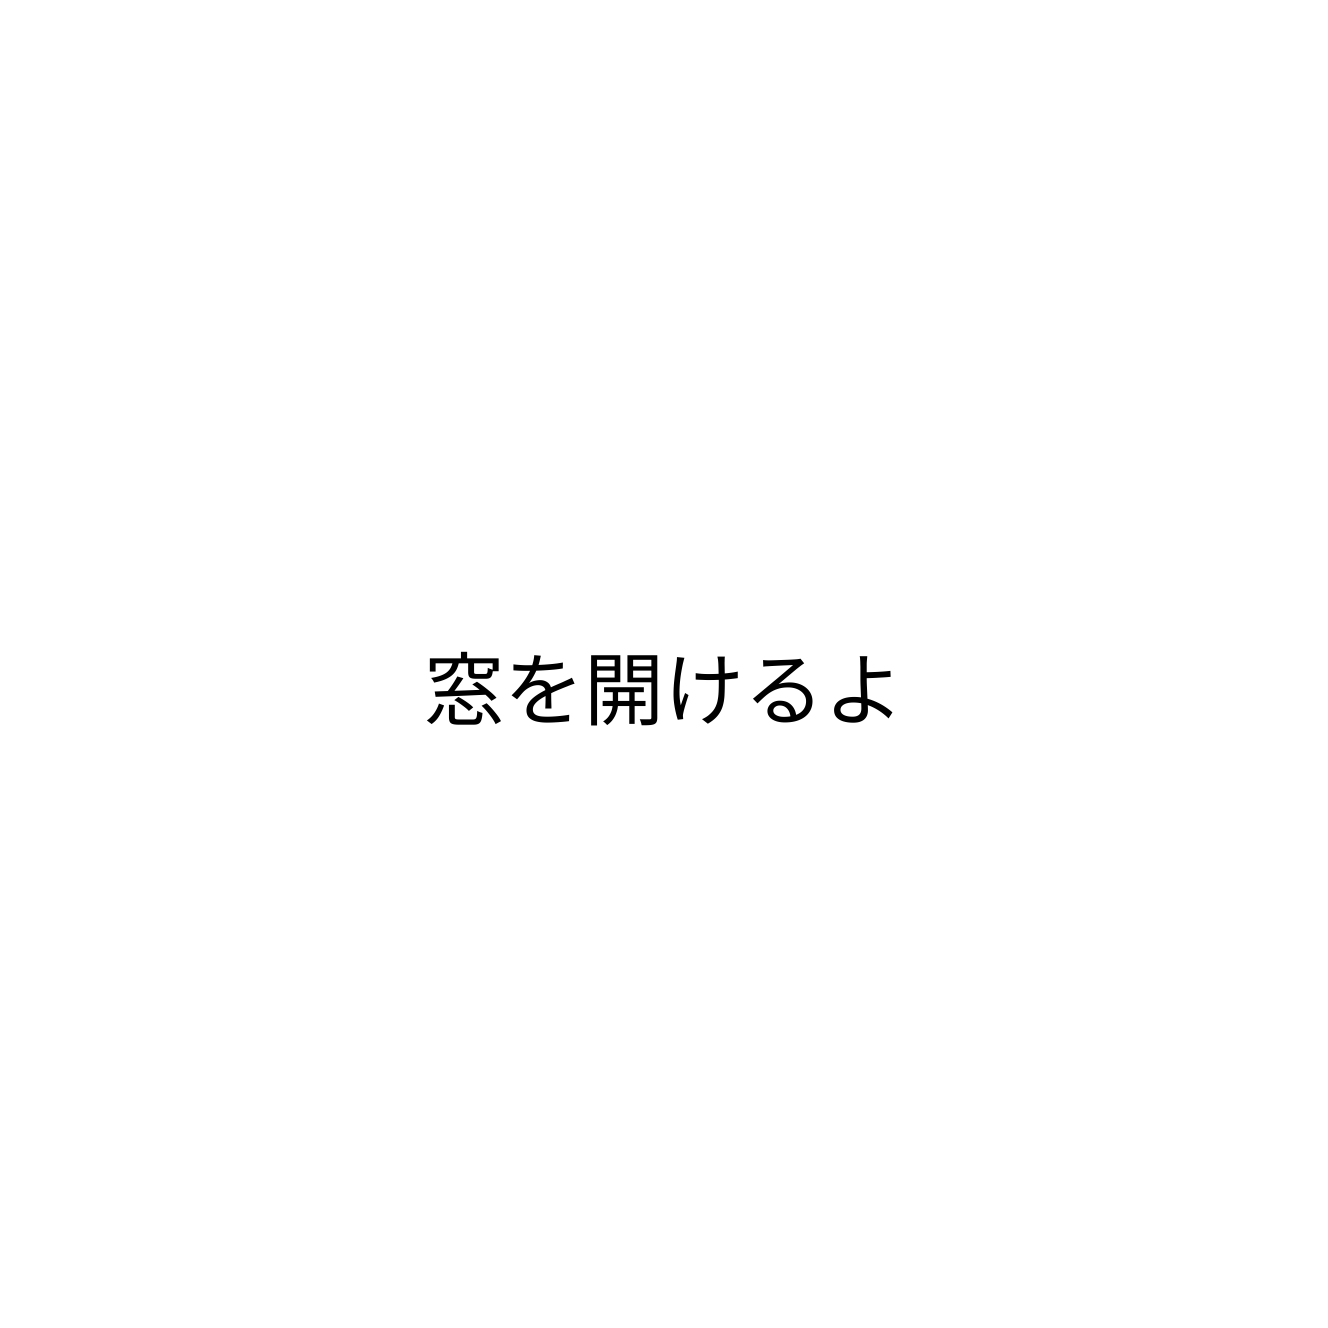
窓を開けるよ